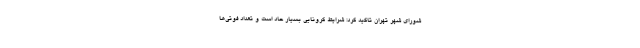
شورای شهر تهران تاکید کرد: شرایط کرونایی بسیار حاد است و تعداد فوتی‌ها